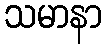
သမာနာ